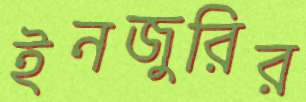
ইনজুরির